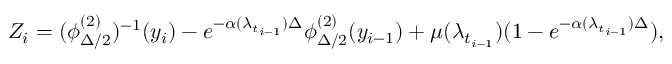
Z _ { i } = ( \phi _ { \Delta / 2 } ^ { ( 2 ) } ) ^ { - 1 } ( y _ { i } ) - e ^ { - \alpha ( \lambda _ { t _ { i - 1 } } ) \Delta } \phi _ { \Delta / 2 } ^ { ( 2 ) } ( y _ { i - 1 } ) + \mu ( \lambda _ { t _ { i - 1 } } ) ( 1 - e ^ { - \alpha ( \lambda _ { t _ { i - 1 } } ) \Delta } ) ,